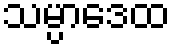
သမ္ပာဒေထ